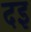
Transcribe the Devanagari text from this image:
दइ